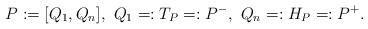
LaTeX: \begin{align*} P:=[Q_1,Q_n],\,\, Q_1=:T_P=:P^-,\,\, Q_n=:H_P=:P^+.\end{align*}